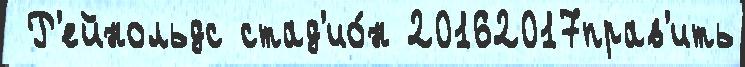
 Р'ейнольдс стад'ио́н 20162017прав'ить